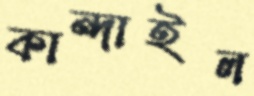
কান্দাইল